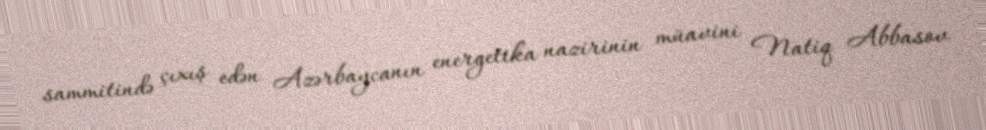
sammitində çıxış edən Azərbaycanın energetika nazirinin müavini Natiq Abbasov